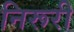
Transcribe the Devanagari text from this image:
निरूरी